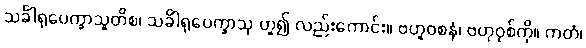
သင်္ခါရုပေက္ခာသူတိစ၊ သင်္ခါရုပေက္ခာသု ဟူ၍ လည်းကောင်း။ ဗဟူဝစနံ၊ ဗဟုဝုစ်ကို။ ကတံ၊